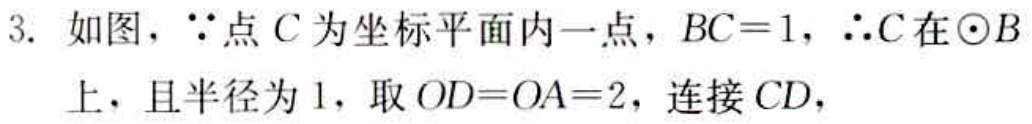
3. 如图，$\because$点$C$为坐标平面内一点，$BC = 1$，$\therefore C$在$\odot B$上，且半径为$1$，取$OD = OA = 2$，连接$CD$，